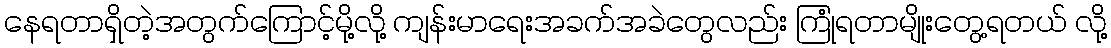
နေရတာရှိတဲ့အတွက်ကြောင့်မို့လို့ ကျန်းမာရေးအခက်အခဲတွေလည်း ကြုံရတာမျိုးတွေ့ရတယ် လို့